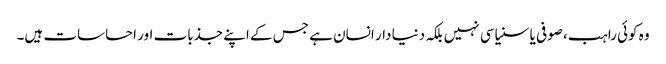
وہ کوئی راہب، صوفی یا سنیاسی نہیں بلکہ دنیا دار انسان ہے جس کے اپنے جذبات اور احساسات ہیں۔